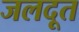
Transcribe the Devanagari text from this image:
जलदूत